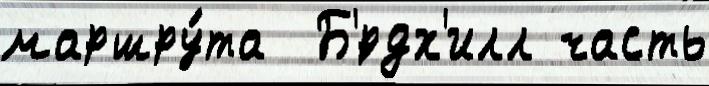
маршру́та  Б'́рдх'илл часть